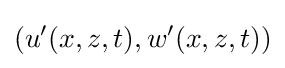
(u'(x,z,t),w'(x,z,t))